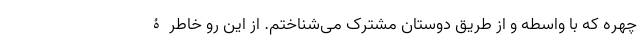
چهره که با واسطه و از طریق دوستان مشترک می‌شناختم. از این رو خاطرۀ